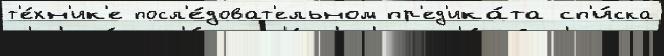
т'е́хн'ик'е посл'е́доват'ельном пр'ед'ика́та сп'и́ска